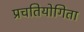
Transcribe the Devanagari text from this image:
प्रचतियोगिता